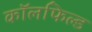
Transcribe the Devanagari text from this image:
कॉलफिल्ड